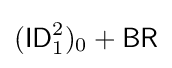
({\mathsf {ID}}_{1}^{2})_{0}+{\mathsf {BR}}